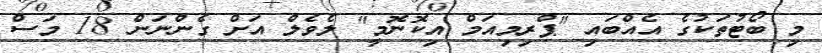
މި ބޯޓުތަކުގެ އެއްބައި "ޕްރިމިއަމް އިކޮނޮމީ" ލެވެލް އަށް ގެންނަން 18 މަސް